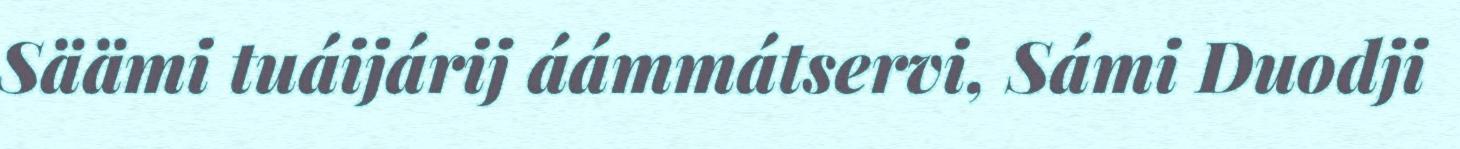
Säämi tuáijárij áámmátservi, Sámi Duodji